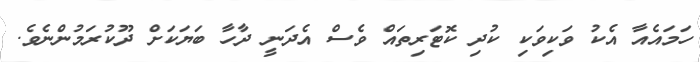
ހަމައެއާ އެކު ވަކިވަކި ކުދި ކޮޓަރިތައް ވެސް އެދަނީ ދާހާ ބަޔަކަށް ދޫކުރަމުންނެވެ.